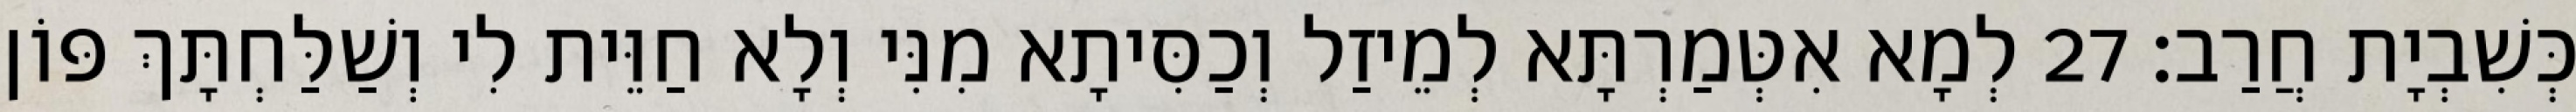
כְּשִׁבְיָת חֲרַב׃ 27 לְמָא אִטְּמַרְתָּא לְמֵיזַל וְכַסִּיתָא מִנִּי וְלָא חַוֵּית לִי וְשַׁלַּחְתָּךְ פּוֹן